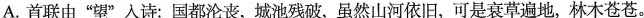
A. 首联由“望”人诗：国都沦丧，城池残破，虽然山河依旧，可是衰草遍地，林木苍苍。